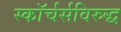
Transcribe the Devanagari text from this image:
स्कॉर्चर्सविरुद्ध